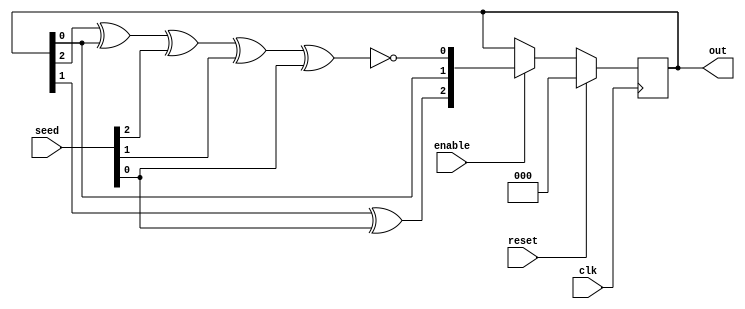
`timescale 1ns / 1ps
//////////////////////////////////////////////////////////////////////////////////
// Company: 
// Engineer: 
// 
// Design Name: 
// Module Name:    random 
// Project Name: 
// Target Devices: 
// Tool versions: 
// Description: 
//
// Dependencies: 
//
// Revision: 
// Revision 0.01 - File Created
// Additional Comments: 
//
//////////////////////////////////////////////////////////////////////////////////

module random    (
	output [2:0] out             ,  // Output of the counter
	input enable          ,  // Enable  for counter
	input clk             ,  // clock input
	input reset,            // reset input
	input [2:0] seed
);
 
reg [2:0] out_reg;
wire linear_feedback;

assign linear_feedback = !(out[2] ^ out[0] ^ seed[2] ^ seed[1] ^ seed[0]);

always @(posedge clk)
if (reset) begin // active high reset
  out_reg = 3'b0 ;
end else if (enable) begin
  out_reg = {out[2] ^ seed[1], out[1] ^ seed[0], out[0], linear_feedback};
end

assign out = out_reg;

endmodule // End Of Module counter